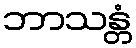
ဘာသန္တံ